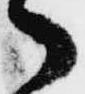
々